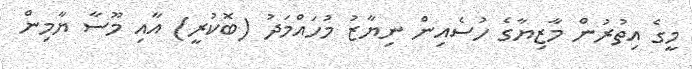
މީގެ އިތުރުން މާޒިޔާގެ ހުސެއިން ނިޔާޒު މުހައްމަދު (ބޮކުރީ) އާއި މޫސާ ޔާމިން